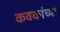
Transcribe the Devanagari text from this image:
कवकांच्या